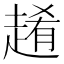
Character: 𧼡